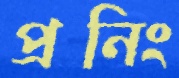
প্রনিং